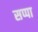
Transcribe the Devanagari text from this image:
सप्पा